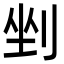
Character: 剉